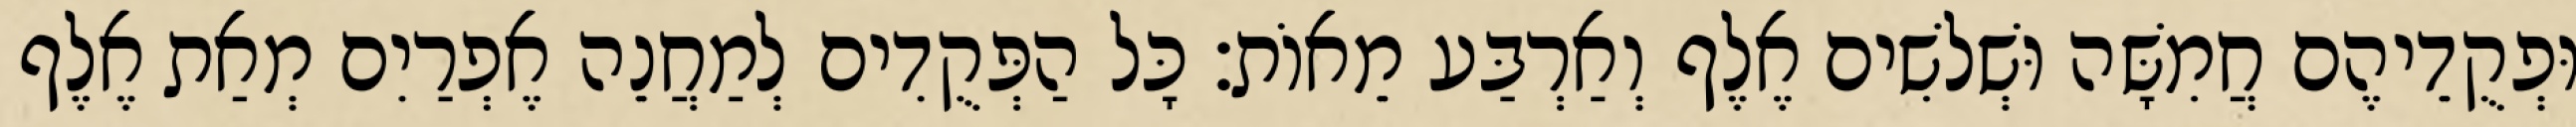
וּפְקֻדֵיהֶם חֲמִשָּׁה וּשְׁלשִׁים אֶלֶף וְאַרְבַּע מֵאוֹת׃ כָּל הַפְּקֻדִים לְמַחֲנֵה אֶפְרַיִם מְאַת אֶלֶף